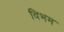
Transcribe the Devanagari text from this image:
विभम